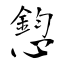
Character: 憌